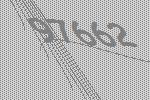
97662